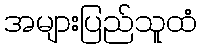
အများပြည်သူထံ